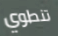
تنطوي